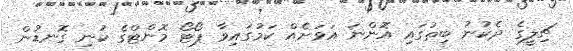
ޗިލީގެ ދެކުނު ބިތުގައި އޮންނަ އަވަށެއް ކަމުގައިވާ ޕޯޓޯ މޮންޓްގެ ކުނި ގޮނޑުން